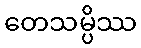
တေသမ္ပိဿ